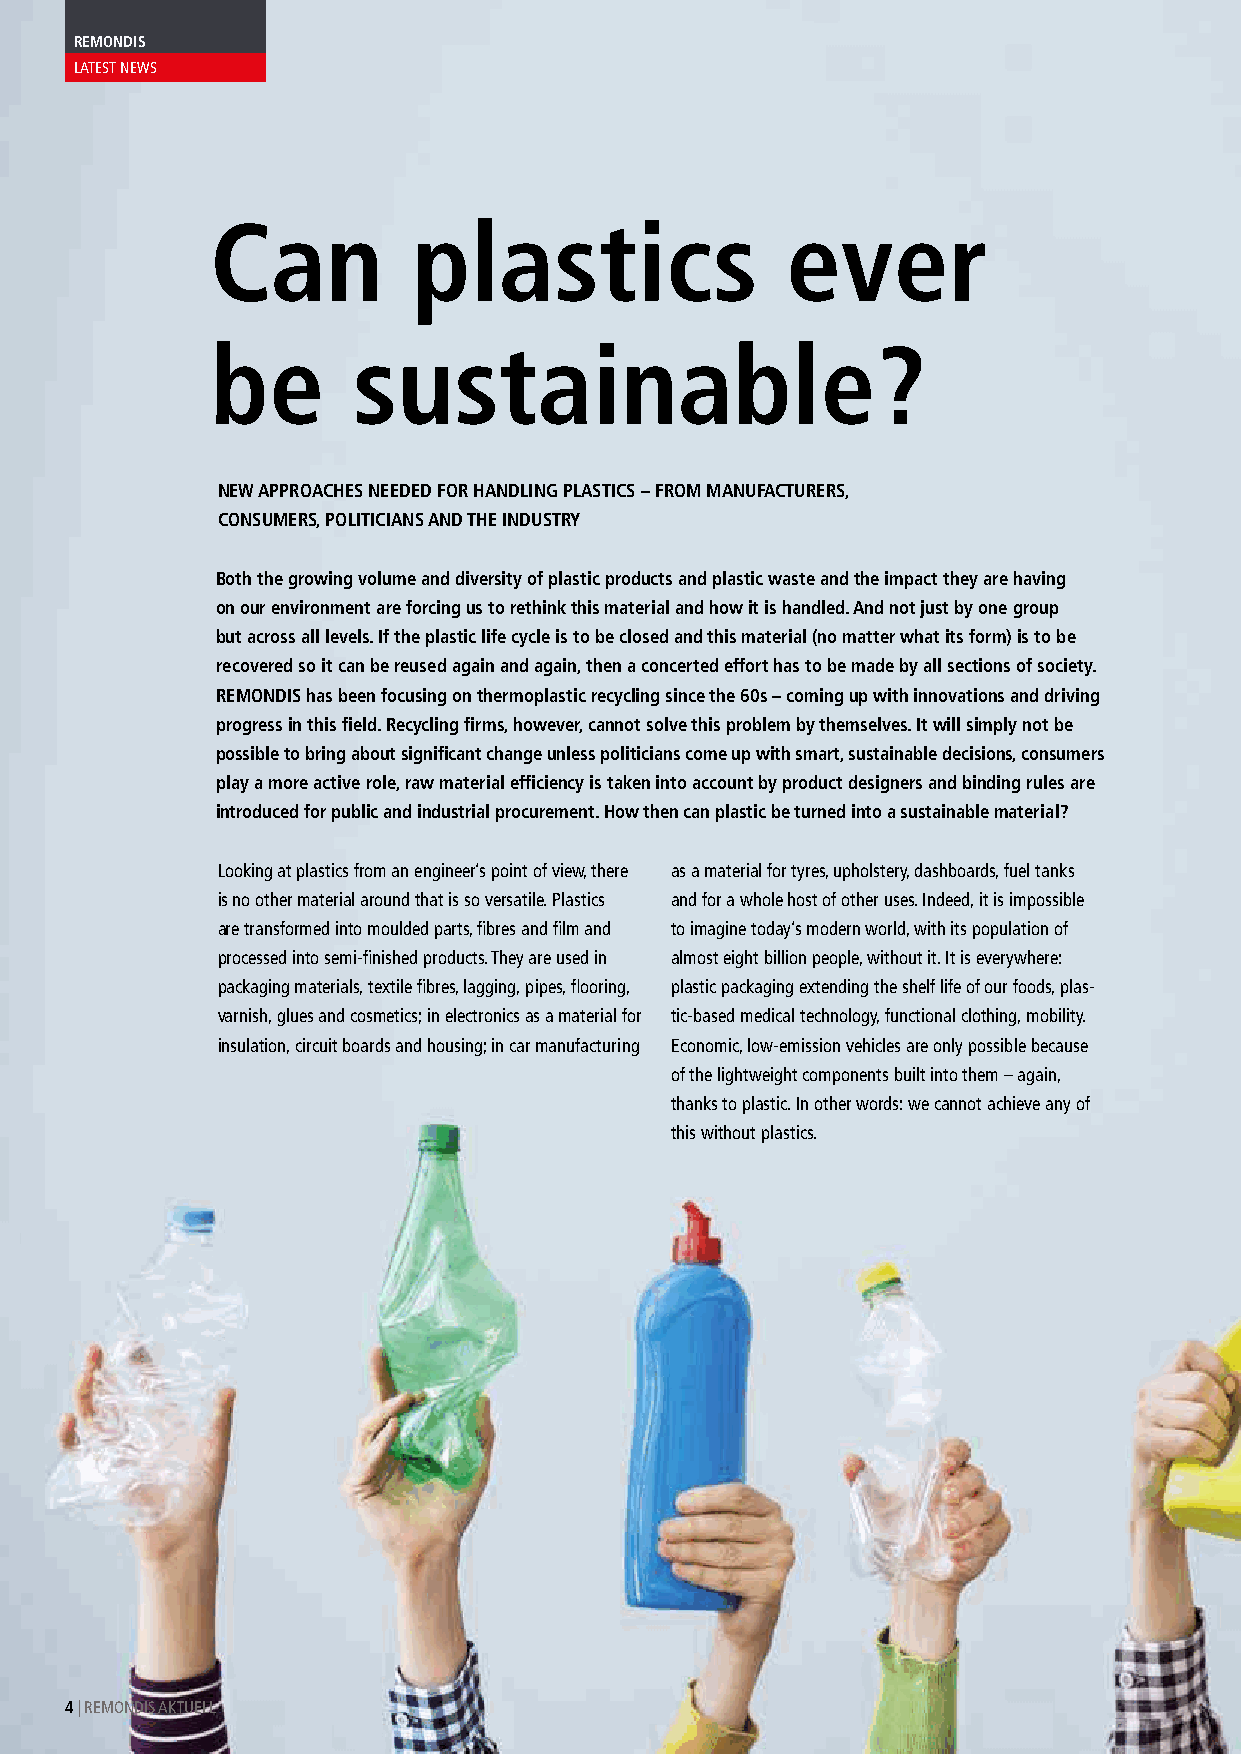
REMONDIS
 LATEST NEWS
 Can          plastics                 ever
 be       sustainable?
 NEW APPROACHES NEEDED FOR HANDLING PLASTICS – FROM MANUFACTURERS,
 CONSUMERS, POLITICIANS AND THE INDUSTRY
 Both the growing volume and diversity of plastic products and plastic waste and the impact they are having
 on our environment are forcing us to rethink this material and how it is handled. And not just by one group
 but across all levels. If the plastic life cycle is to be closed and this material (no matter what its form) is to be
 recovered so it can be reused again and again, then a concerted effort has to be made by all sections of society.
 REMONDIS has been focusing on thermoplastic recycling since the 60s – coming up with innovations and driving
 progress in this field. Recycling firms, however, cannot solve this problem by themselves. It will simply not be
 possible to bring about significant change unless politicians come up with smart, sustainable decisions, consumers
 play a more active role, raw material efficiency is taken into account by product designers and binding rules are
 introduced for public and industrial procurement. How then can plastic be turned into a sustainable material?
 Looking at plastics from an engineer’s point of view, there as a material for tyres, upholstery, dashboards, fuel tanks
 is no other material around that is so versatile. Plastics and for a whole host of other uses. Indeed, it is impossible
 are transformed into moulded parts, fibres and film and to imagine today’s modern world, with its population of
 processed into semi-finished products. They are used in almost eight billion people, without it. It is everywhere:
 packaging materials, textile fibres, lagging, pipes, flooring, plastic packaging extending the shelf life of our foods, plas-
 varnish, glues and cosmetics; in electronics as a material for tic-based medical technology, functional clothing, mobility.
 insulation, circuit boards and housing; in car manufacturing Economic, low-emission vehicles are only possible because
 of the lightweight components built into them – again,
 thanks to plastic. In other words: we cannot achieve any of
 this without plastics.
 4 | REMONDIS AKTUELL